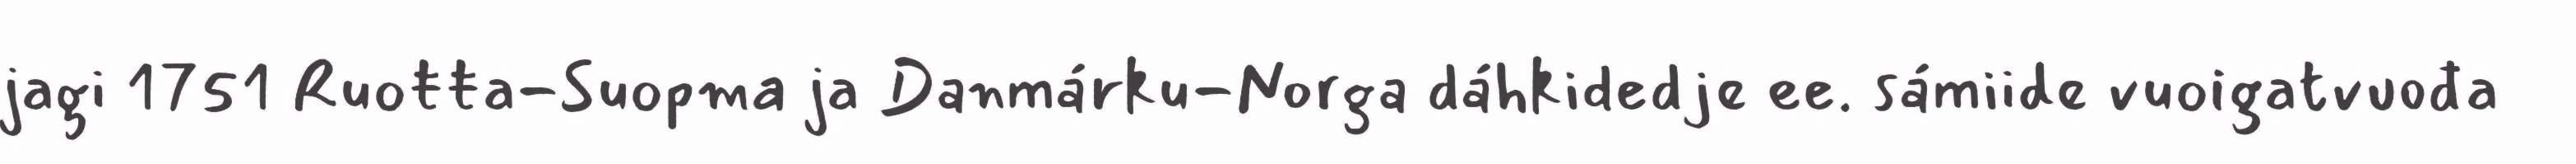
jagi 1751 Ruoŧŧa-Suopma ja Danmárku-Norga dáhkidedje ee. sámiide vuoigatvuođa